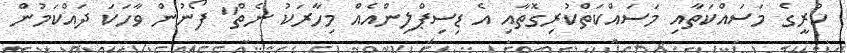
ކުރީގެ މަސައްކަތާއި މަސައްކަތްކުރިގޮތާއި އެ ޑިސިޕްލިންއެއް މިހާރަކު ނެތް" ފޯނުން ވާހަކަ ދައްކަމުން